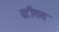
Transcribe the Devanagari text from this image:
ढटींगरा